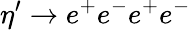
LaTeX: \eta^{\prime}\rightarrow e^{+}e^{-}e^{+}e^{-}